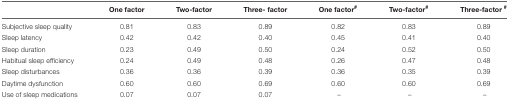
|  | One factor | Two-factor | Three- factor | One factor# | Two-factor# | Three-factor # |
 | --- | --- | --- | --- | --- | --- | --- |
 | Subjective sleep quality | 0.81 | 0.83 | 0.89 | 0.82 | 0.83 | 0.89 |
 | Sleep latency | 0.42 | 0.42 | 0.40 | 0.45 | 0.41 | 0.40 |
 | Sleep duration | 0.23 | 0.49 | 0.50 | 0.24 | 0.52 | 0.50 |
 | Habitual sleep efficiency | 0.24 | 0.49 | 0.48 | 0.26 | 0.47 | 0.48 |
 | Sleep disturbances | 0.36 | 0.36 | 0.39 | 0.36 | 0.35 | 0.39 |
 | Daytime dysfunction | 0.60 | 0.60 | 0.69 | 0.60 | 0.60 | 0.69 |
 | Use of sleep medications | 0.07 | 0.07 | 0.07 | – | – | – |